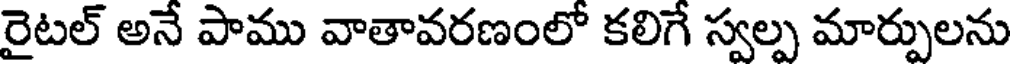
రైటల్ అనే పాము వాతావరణంలో కలిగే స్వల్ప మార్పులను